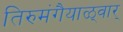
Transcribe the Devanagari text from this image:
तिरुमंगैयाळ्वार्